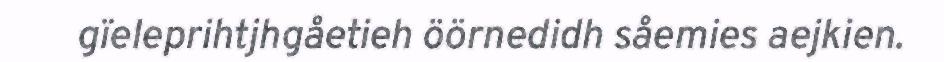
gïeleprihtjhgåetieh öörnedidh såemies aejkien.